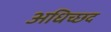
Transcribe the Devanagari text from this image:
अधिच्छद